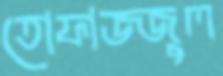
তোফাজ্জুল